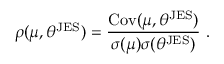
\rho ( \mu , \theta ^ { \mathrm { J E S } } ) = \frac { \operatorname { C o v } ( \mu , \theta ^ { \mathrm { J E S } } ) } { \sigma ( \mu ) \sigma ( \theta ^ { \mathrm { J E S } } ) } ~ .